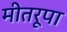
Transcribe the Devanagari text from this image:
मीतरूपा